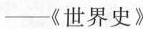
—《世界史》